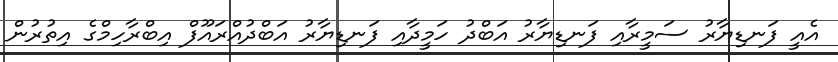
އެއީ ފަނޑިޔާރު ސަމީރާއި ފަނޑިޔާރު އަބްދު ހަމީދާއި ފަނޑިޔާރު އަބްދުއްރައޫފް އިބްރާހިމްގެ އިތުރުން